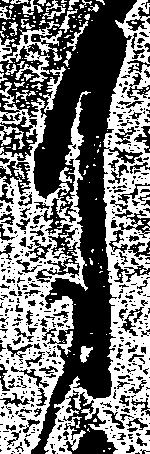
月